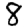
Digit: 8